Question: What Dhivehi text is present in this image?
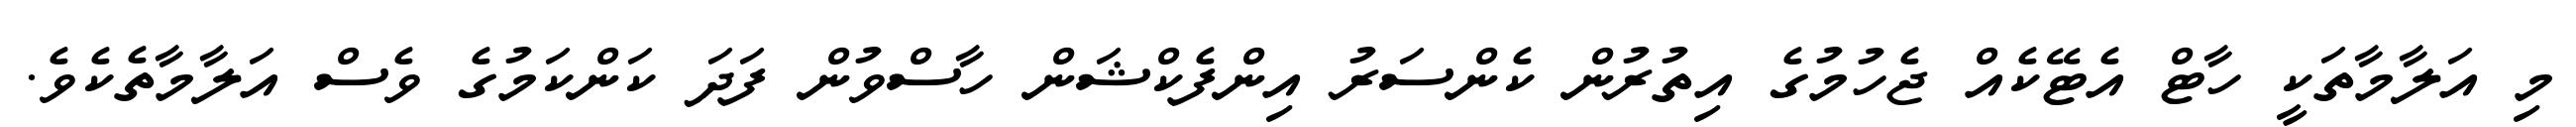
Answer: މި އަލާމާތަކީ ހާޓް އެޓޭކެއް ޖެހުމުގެ އިތުރުން ކެންސަރު އިންފެކްޝަން ހާސްވުން ފަދަ ކަންކަމުގެ ވެސް އަލާމާތެކެވެ.